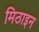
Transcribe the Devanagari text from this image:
मिठाइन